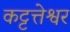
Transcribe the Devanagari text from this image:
कट्टत्तेश्वर